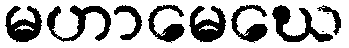
မဟာမေဃေ